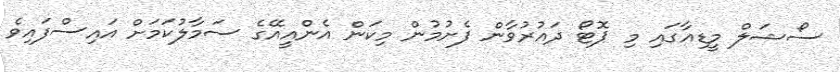
ސޯޝަލް މީޑިއާގައި މި ޕޮޓޯ ދައުރުވާން ފެށުމުން މިކަން އެންއީއޭގެ ސަމާލުކަމަށް އައިސްފައިވެ